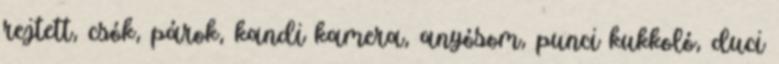
rejtett, csók, párok, kandi kamera, anyósom, punci kukkoló, duci